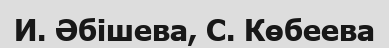
И. Әбішева, С. Көбеева